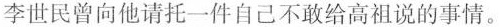
李世民曾向他请托一件自己不敢给高祖说的事情。